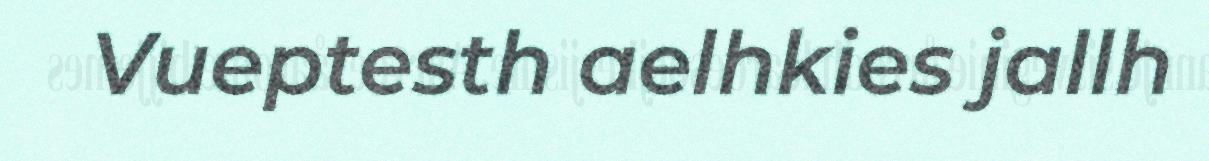
Vueptesth aelhkies jallh